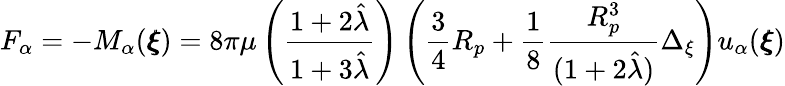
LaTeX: F_{\alpha}=-M_{\alpha}({\pmb\xi})=8\pi\mu\left(\frac{1+2\hat{\lambda}}{1+3\hat{\lambda}}\right)\left(\frac{3}{4}R_{p}+\frac{1}{8}\frac{R_{p}^{3}}{(1+2\hat{\lambda})}\Delta_{\xi}\right)u_{\alpha}({\pmb\xi})